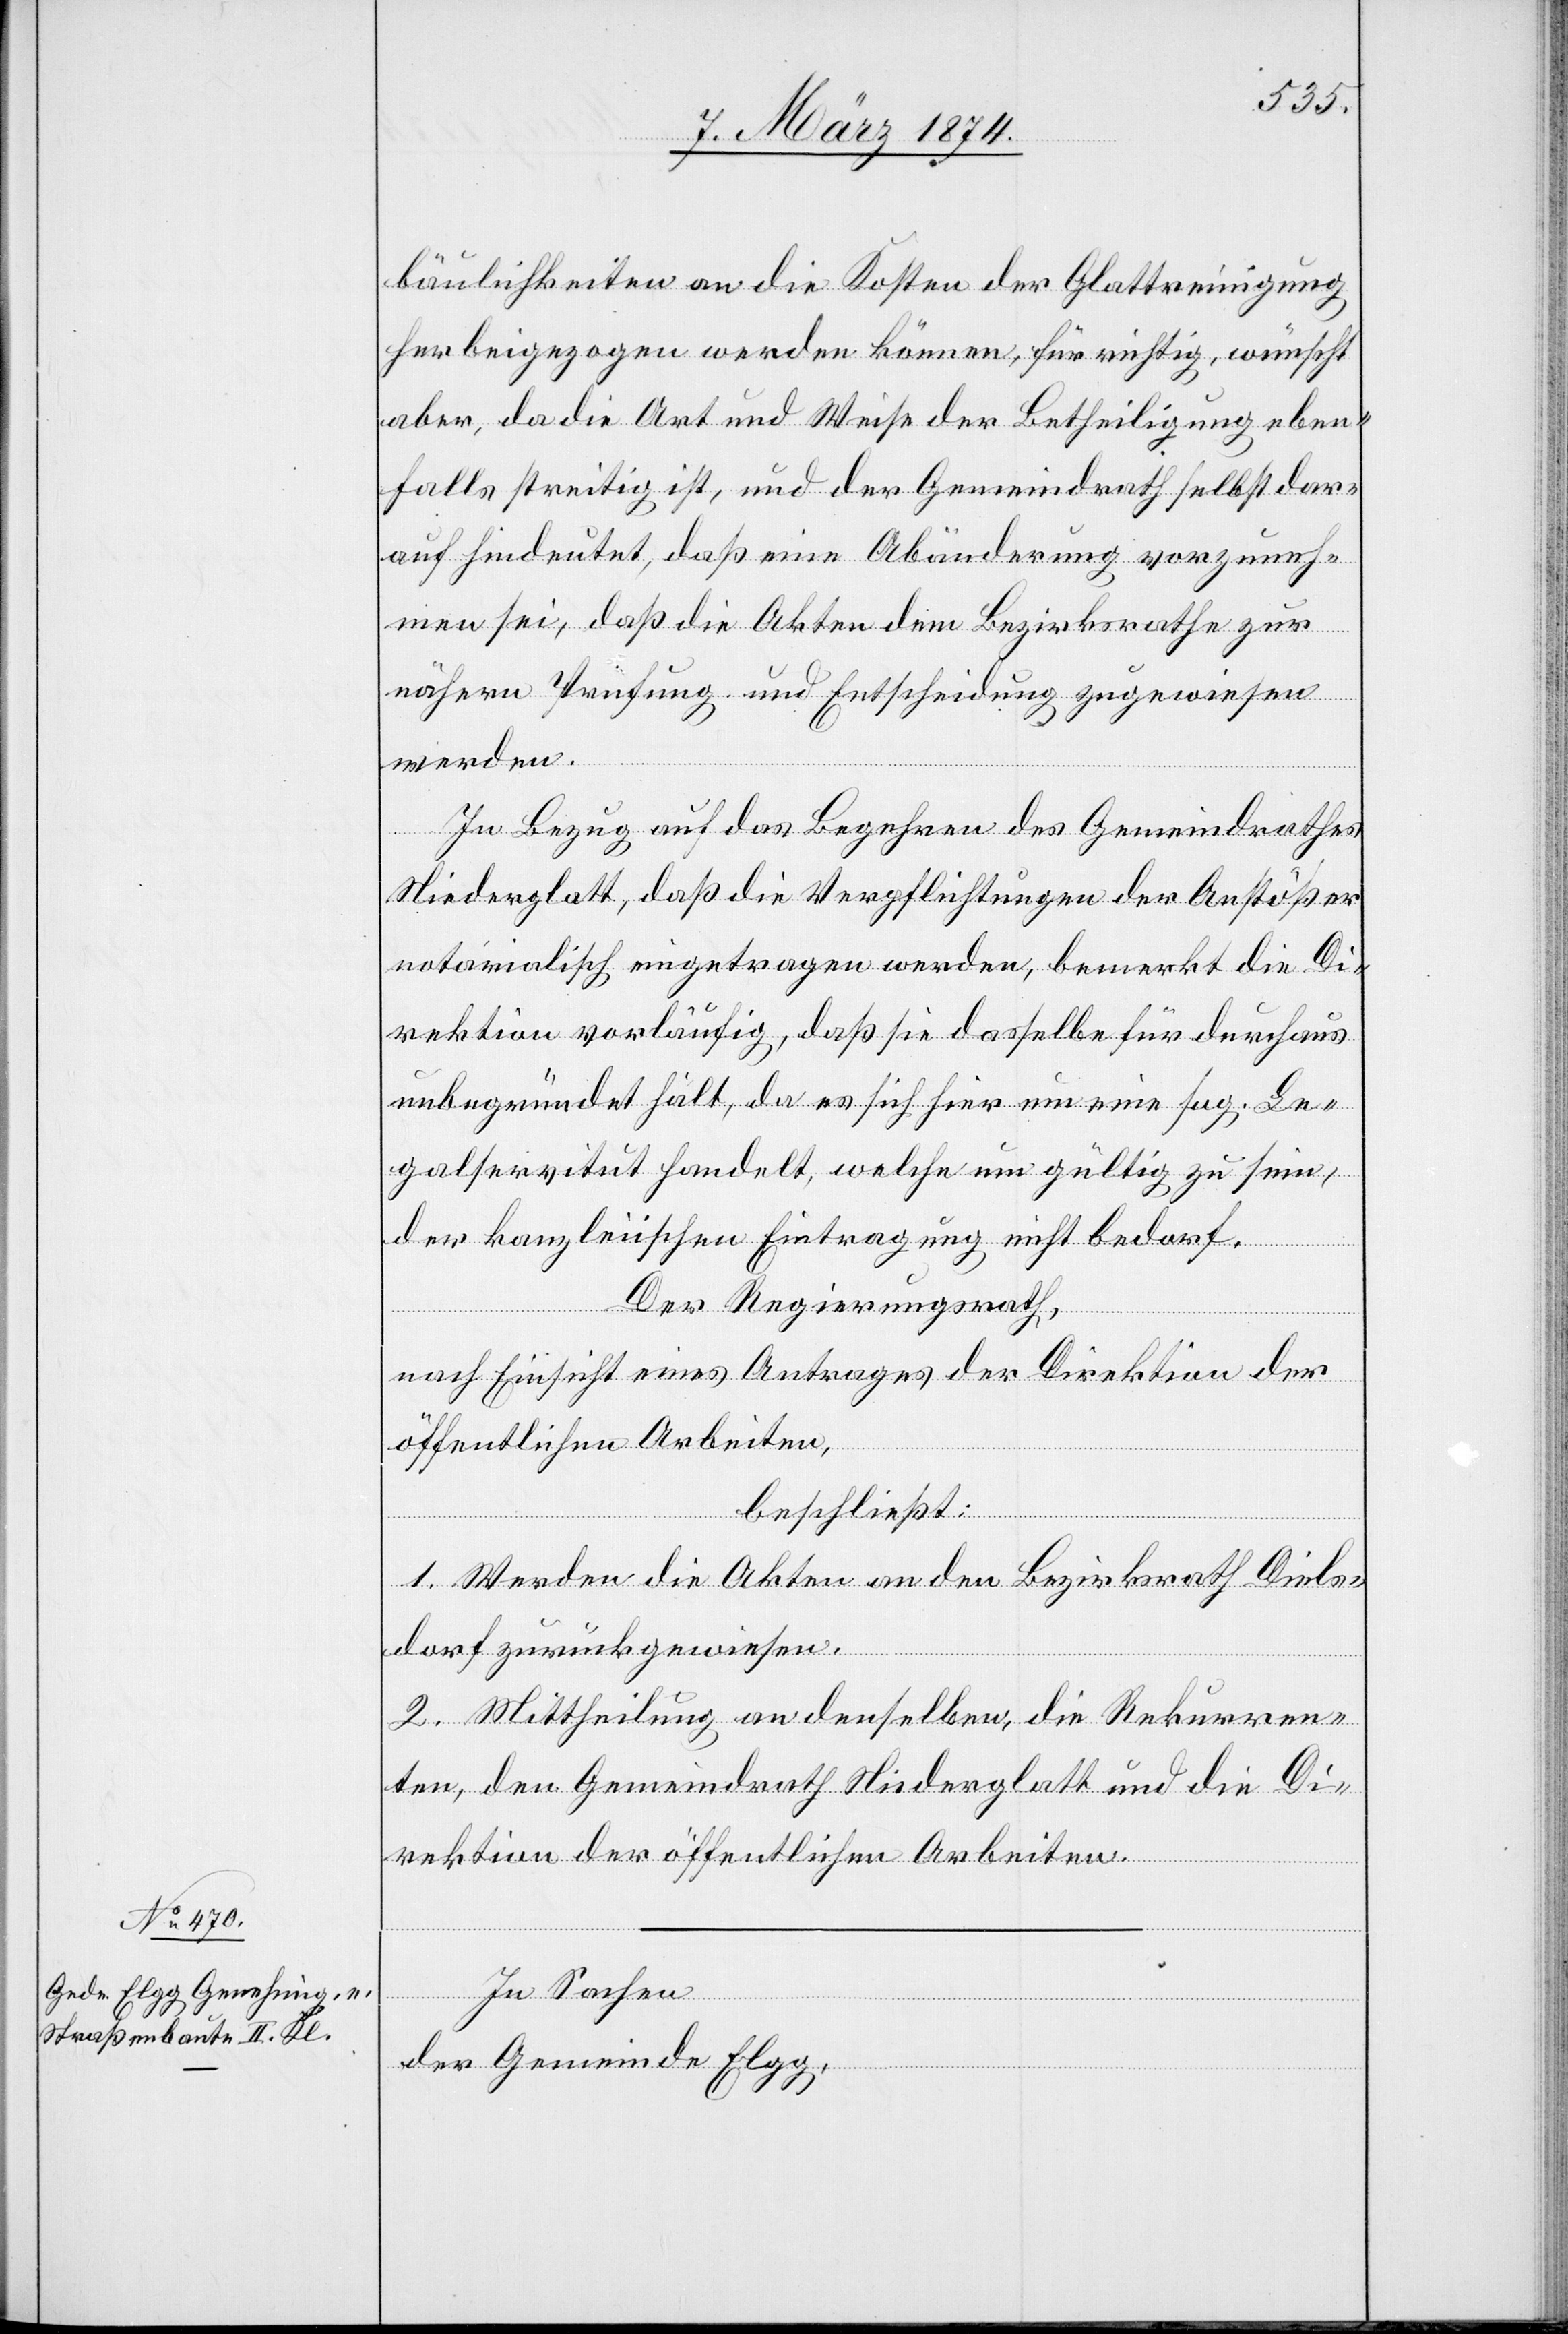
In Sachen
der Gemeinde Elgg,